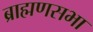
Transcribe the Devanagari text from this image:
ब्राह्मणसभा